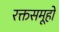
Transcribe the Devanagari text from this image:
रक्तसमूहों